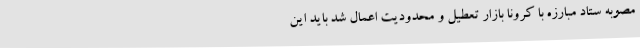
مصوبه ستاد مبارزه با کرونا بازار تعطیل و محدودیت اعمال شد باید این